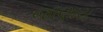
જાણાય